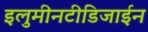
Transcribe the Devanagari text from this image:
इलुमीनटीडिजाईन